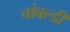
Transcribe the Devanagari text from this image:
चांबल्डी